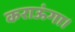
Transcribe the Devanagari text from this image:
कराऊंगा।